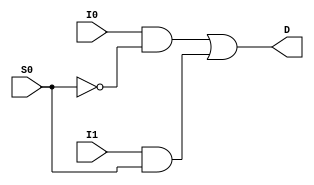
//Tam Chantem
//09/13/11

`timescale 1 ns/1 ns

module mux2x1(I1, I0, S0, D);
  
  input I1, I0, S0;
  output D;
  reg D;
    
  always @ *
  begin
    D <= (I0 & ~S0) | (I1 & S0);
  end
  
endmodule